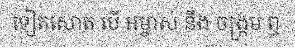
ទៀតសោត បើ អម្ចាស់ នឹង ចង្ក្រម ព្ធ